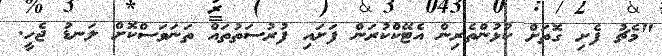
"މެޗު ފެށި ގޮތަށް ކުޅުންތެރިން އެޓޭކްކުރަން ފަށައި ފުރުސަތުތައް ތަނަވަސްކޮށް ލަނޑު ޖެހީ.